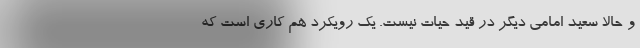
و حالا سعید امامی دیگر در قید حیات نیست. یک رویکرد هم کاری است که